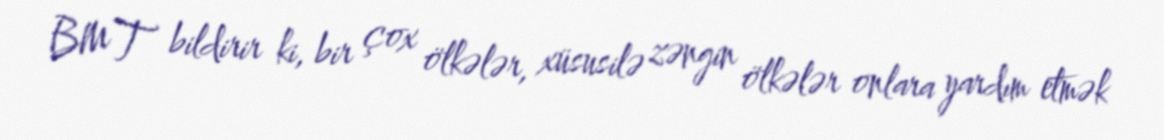
BMT bildirir ki, bir çox ölkələr, xüsusilə zəngin ölkələr onlara yardım etmək